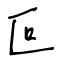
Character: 叵